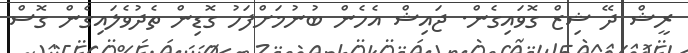
ރީޝް ދޭ ޝިޒް ގޮވައިގެން. ޖައިޝް އެހެން ބުނުމަށްފަހު ގޮޑިން ތެދުވެލައިގެން ގޮސް